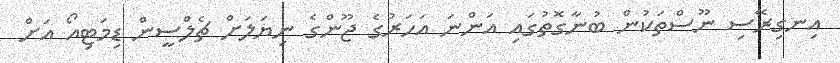
އިނގިރޭސި ނޫސްތަކުން ބުނާގޮތުގައި އަންނަ އަހަރުގެ ޖޫންގެ ނިޔަލަށް ޗެލްސީން ޑިމަޓިއޯ އަށް